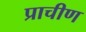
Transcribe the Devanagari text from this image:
प्राचीण